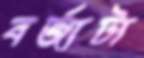
বর্জ্যটা